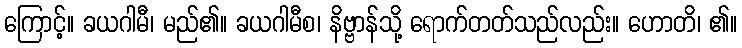
ကြောင့်။ ခယဂါမီ၊ မည်၏။ ခယဂါမီစ၊ နိဗ္ဗာန်သို့ ရောက်တတ်သည်လည်း။ ဟောတိ၊ ၏။